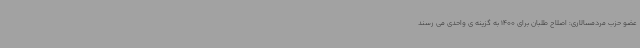
عضو حزب مردمسالاری: اصلاح طلبان برای 1400 به گزینه ی واحدی می رسند